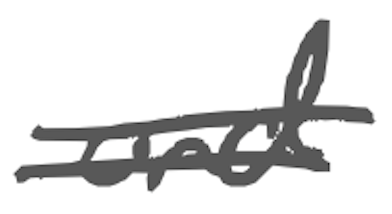
Text: and
Cross-out: double-line
Writing tool: digital_gray